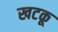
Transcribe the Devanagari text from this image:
खटकू